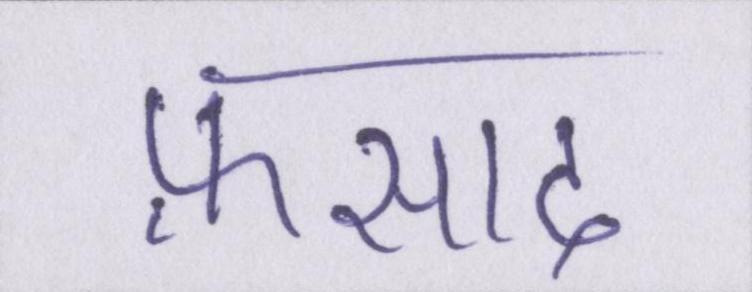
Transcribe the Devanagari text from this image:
फ़साद